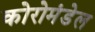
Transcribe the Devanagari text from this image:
कोरोमंडेल